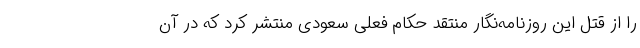
را از قتل این روزنامه‌نگار منتقد حکام فعلی سعودی منتشر کرد که در آن